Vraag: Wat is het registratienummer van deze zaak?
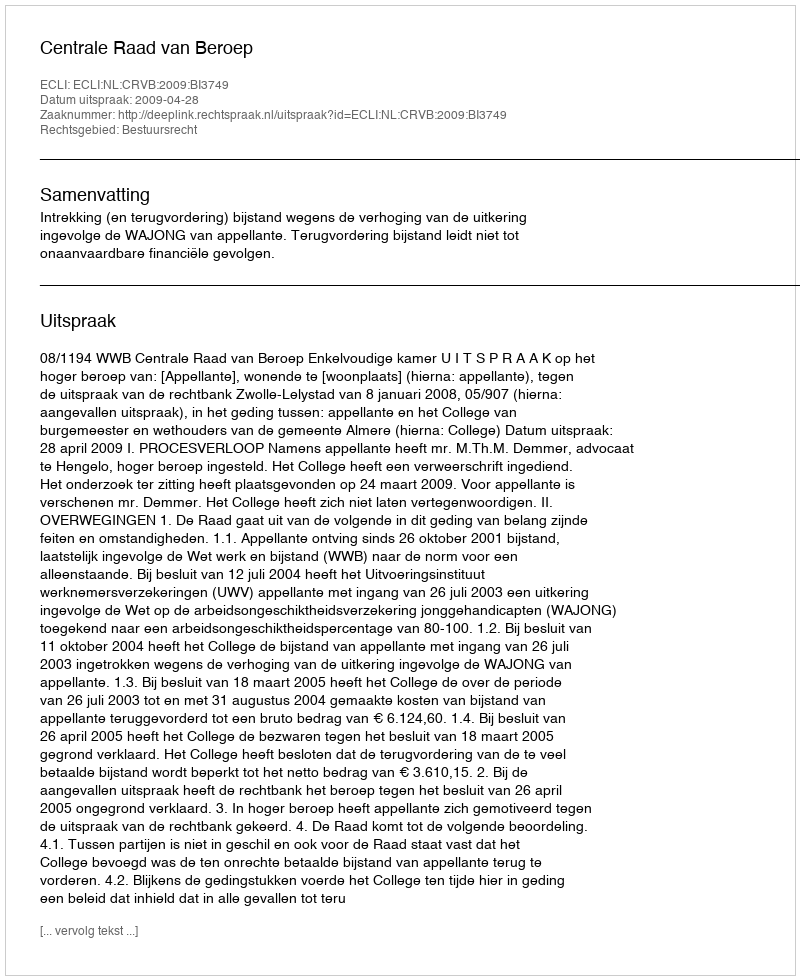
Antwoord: http://deeplink.rechtspraak.nl/uitspraak?id=ECLI:NL:CRVB:2009:BI3749